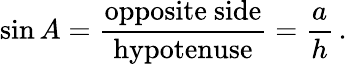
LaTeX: \sin A={\frac{\mathrm{opposite~side}}{\mathrm{hypotenuse}}}={\frac{a}{h}}\, .